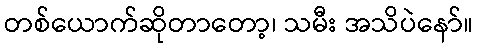
တစ်ယောက်ဆိုတာတော့၊ သမီး အသိပဲနော်။